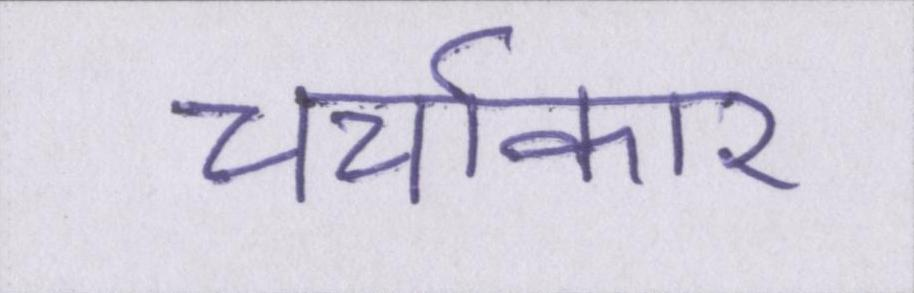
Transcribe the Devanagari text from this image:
चर्चाकार